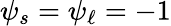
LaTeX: \psi_{s}=\psi_{\ell}=-1